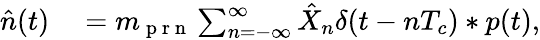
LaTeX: \begin{array}{rl}{\hat{n}(t)}&{{}=m_{\mathrm{~p~r~n~}}\sum_{n=-\infty}^{\infty}\hat{X}_{n}\delta(t-nT_{c})\ast p(t),}\end{array}